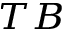
_ { T B }